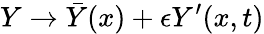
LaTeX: Y\rightarrow{\bar{Y}}(x)+\epsilon Y^{\prime}(x,t)